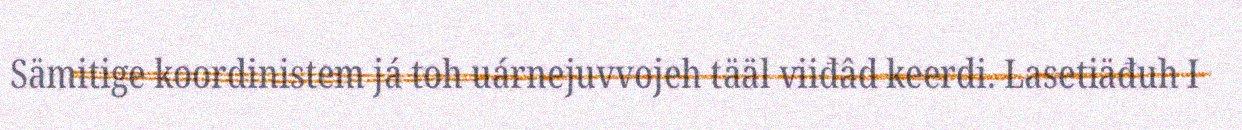
Sämitige koordinistem já toh uárnejuvvojeh tääl viiđâd keerdi. Lasetiäđuh I